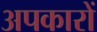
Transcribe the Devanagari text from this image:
अपकारों